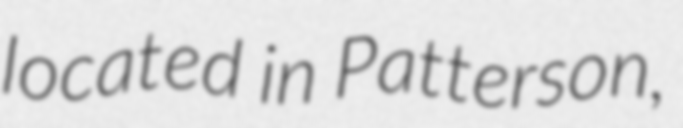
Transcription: located in Patterson,